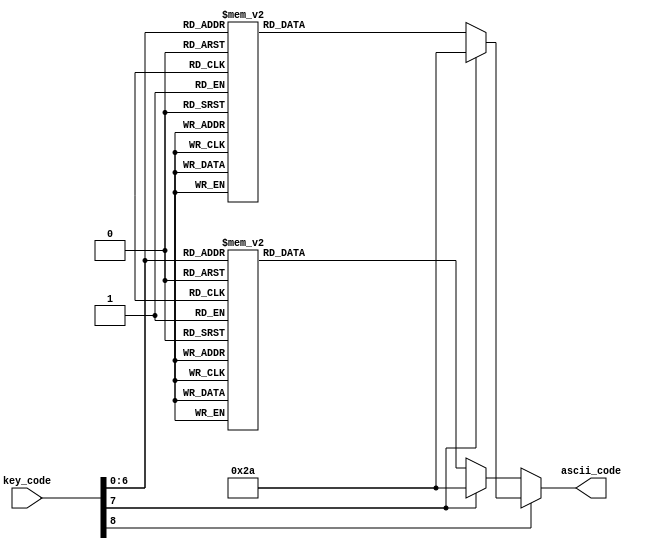
//////////////////////////////////////////////////////////////////////////////////
//END USER LICENCE AGREEMENT                                                    //
//                                                                              //
//Copyright (c) 2012, ARM All rights reserved.                                  //
//                                                                              //
//THIS END USER LICENCE AGREEMENT (LICENCE) IS A LEGAL AGREEMENT BETWEEN      //
//YOU AND ARM LIMITED ("ARM") FOR THE USE OF THE SOFTWARE EXAMPLE ACCOMPANYING  //
//THIS LICENCE. ARM IS ONLY WILLING TO LICENSE THE SOFTWARE EXAMPLE TO YOU ON   //
//CONDITION THAT YOU ACCEPT ALL OF THE TERMS IN THIS LICENCE. BY INSTALLING OR  //
//OTHERWISE USING OR COPYING THE SOFTWARE EXAMPLE YOU INDICATE THAT YOU AGREE   //
//TO BE BOUND BY ALL OF THE TERMS OF THIS LICENCE. IF YOU DO NOT AGREE TO THE   //
//TERMS OF THIS LICENCE, ARM IS UNWILLING TO LICENSE THE SOFTWARE EXAMPLE TO    //
//YOU AND YOU MAY NOT INSTALL, USE OR COPY THE SOFTWARE EXAMPLE.                //
//                                                                              //
//ARM hereby grants to you, subject to the terms and conditions of this Licence,//
//a non-exclusive, worldwide, non-transferable, copyright licence only to       //
//redistribute and use in source and binary forms, with or without modification,//
//for academic purposes provided the following conditions are met:              //
//a) Redistributions of source code must retain the above copyright notice, this//
//list of conditions and the following disclaimer.                              //
//b) Redistributions in binary form must reproduce the above copyright notice,  //
//this list of conditions and the following disclaimer in the documentation     //
//and/or other materials provided with the distribution.                        //
//                                                                              //
//THIS SOFTWARE EXAMPLE IS PROVIDED BY THE COPYRIGHT HOLDER "AS IS" AND ARM     //
//EXPRESSLY DISCLAIMS ANY AND ALL WARRANTIES, EXPRESS OR IMPLIED, INCLUDING     //
//WITHOUT LIMITATION WARRANTIES OF MERCHANTABILITY AND FITNESS FOR A PARTICULAR //
//PURPOSE, WITH RESPECT TO THIS SOFTWARE EXAMPLE. IN NO EVENT SHALL ARM BE LIABLE/
//FOR ANY DIRECT, INDIRECT, INCIDENTAL, PUNITIVE, OR CONSEQUENTIAL DAMAGES OF ANY/
//KIND WHATSOEVER WITH RESPECT TO THE SOFTWARE EXAMPLE. ARM SHALL NOT BE LIABLE //
//FOR ANY CLAIMS, DAMAGES OR OTHER LIABILITY, WHETHER IN AN ACTION OF CONTRACT, //
//TORT OR OTHERWISE, ARISING FROM, OUT OF OR IN CONNECTION WITH THE SOFTWARE    //
//EXAMPLE OR THE USE OR OTHER DEALINGS IN THE SOFTWARE EXAMPLE. FOR THE AVOIDANCE/
// OF DOUBT, NO PATENT LICENSES ARE BEING LICENSED UNDER THIS LICENSE AGREEMENT.//
//////////////////////////////////////////////////////////////////////////////////

module kb2ascii
   (
    input wire [8:0] key_code,
    output reg [7:0] ascii_code
   );

   localparam lower = 0;
   localparam upper = 1;
   
always @*
case(key_code[8]) //no shift
  lower:
    case(key_code[7:0])
      8'h45: ascii_code = 8'h30;   // 0
      8'h16: ascii_code = 8'h31;   // 1
      8'h1e: ascii_code = 8'h32;   // 2
      8'h26: ascii_code = 8'h33;   // 3
      8'h25: ascii_code = 8'h34;   // 4
      8'h2e: ascii_code = 8'h35;   // 5
      8'h36: ascii_code = 8'h36;   // 6
      8'h3d: ascii_code = 8'h37;   // 7
      8'h3e: ascii_code = 8'h38;   // 8
      8'h46: ascii_code = 8'h39;   // 9
      8'h1c: ascii_code = 8'h61;   // a
      8'h32: ascii_code = 8'h62;   // b
      8'h21: ascii_code = 8'h63;   // c
      8'h23: ascii_code = 8'h64;   // d
      8'h24: ascii_code = 8'h65;   // e
      8'h2b: ascii_code = 8'h66;   // f
      8'h34: ascii_code = 8'h67;   // g
      8'h33: ascii_code = 8'h68;   // h
      8'h43: ascii_code = 8'h69;   // i
      8'h3b: ascii_code = 8'h6a;   // j
      8'h42: ascii_code = 8'h6b;   // k
      8'h4b: ascii_code = 8'h6c;   // l
      8'h3a: ascii_code = 8'h6d;   // m
      8'h31: ascii_code = 8'h6e;   // n
      8'h44: ascii_code = 8'h6f;   // o
      8'h4d: ascii_code = 8'h70;   // p
      8'h15: ascii_code = 8'h71;   // q
      8'h2d: ascii_code = 8'h72;   // r
      8'h1b: ascii_code = 8'h73;   // s
      8'h2c: ascii_code = 8'h74;   // t
      8'h3c: ascii_code = 8'h75;   // u
      8'h2a: ascii_code = 8'h76;   // v
      8'h1d: ascii_code = 8'h77;   // w
      8'h22: ascii_code = 8'h78;   // x
      8'h35: ascii_code = 8'h79;   // y
      8'h1a: ascii_code = 8'h7a;   // z
      8'h0e: ascii_code = 8'h60;   // `
      8'h4e: ascii_code = 8'h2d;   // -
      8'h55: ascii_code = 8'h3d;   // =
      8'h54: ascii_code = 8'h5b;   // [
      8'h5b: ascii_code = 8'h5d;   // ]
      8'h5d: ascii_code = 8'h5c;   // \
      8'h4c: ascii_code = 8'h3b;   // ;
      8'h52: ascii_code = 8'h27;   // '
      8'h41: ascii_code = 8'h2c;   // ,
      8'h49: ascii_code = 8'h2e;   // .
      8'h4a: ascii_code = 8'h2f;   // /

      8'h29: ascii_code = 8'h20;   // (space)
      8'h5a: ascii_code = 8'h0d;   // (enter, cr)
      8'h66: ascii_code = 8'h08;   // (backspace)
      default: ascii_code = 8'h2a; // *
    endcase
  default:
    case(key_code[7:0]) //shift
      8'h45: ascii_code = 8'h29;   // )
      8'h16: ascii_code = 8'h21;   // !
      8'h1e: ascii_code = 8'h40;   // @
      8'h26: ascii_code = 8'h23;   // #
      8'h25: ascii_code = 8'h24;   // $
      8'h2e: ascii_code = 8'h25;   // %
      8'h36: ascii_code = 8'h5e;   // ^
      8'h3d: ascii_code = 8'h26;   // &
      8'h3e: ascii_code = 8'h2a;   // *
      8'h46: ascii_code = 8'h28;   // (
      8'h1c: ascii_code = 8'h41;   // A
      8'h32: ascii_code = 8'h42;   // B
      8'h21: ascii_code = 8'h43;   // C
      8'h23: ascii_code = 8'h44;   // D
      8'h24: ascii_code = 8'h45;   // E
      8'h2b: ascii_code = 8'h46;   // F
      8'h34: ascii_code = 8'h47;   // G
      8'h33: ascii_code = 8'h48;   // H
      8'h43: ascii_code = 8'h49;   // I
      8'h3b: ascii_code = 8'h4a;   // J
      8'h42: ascii_code = 8'h4b;   // K
      8'h4b: ascii_code = 8'h4c;   // L
      8'h3a: ascii_code = 8'h4d;   // M
      8'h31: ascii_code = 8'h4e;   // N
      8'h44: ascii_code = 8'h4f;   // O
      8'h4d: ascii_code = 8'h50;   // P
      8'h15: ascii_code = 8'h51;   // Q
      8'h2d: ascii_code = 8'h52;   // R
      8'h1b: ascii_code = 8'h53;   // S
      8'h2c: ascii_code = 8'h54;   // T
      8'h3c: ascii_code = 8'h55;   // U
      8'h2a: ascii_code = 8'h56;   // V
      8'h1d: ascii_code = 8'h57;   // W
      8'h22: ascii_code = 8'h58;   // X
      8'h35: ascii_code = 8'h59;   // Y
      8'h1a: ascii_code = 8'h5a;   // Z
      8'h0e: ascii_code = 8'h7e;   // ~
      8'h4e: ascii_code = 8'h5f;   // _
      8'h55: ascii_code = 8'h2b;   // +
      8'h54: ascii_code = 8'h7b;   // {
      8'h5b: ascii_code = 8'h7d;   // }
      8'h5d: ascii_code = 8'h7c;   // |
      8'h4c: ascii_code = 8'h3a;   // :
      8'h52: ascii_code = 8'h22;   // "
      8'h41: ascii_code = 8'h3c;   // <
      8'h49: ascii_code = 8'h3e;   // >
      8'h4a: ascii_code = 8'h3f;   // ?

      8'h29: ascii_code = 8'h20;   // (space)
      8'h5a: ascii_code = 8'h0d;   // (enter, cr)
      8'h66: ascii_code = 8'h08;   // (backspace)
      default: ascii_code = 8'h2a; // *
      
    endcase
  endcase

endmodule